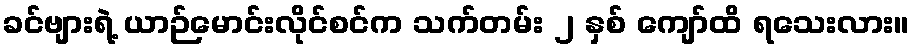
ခင်ဗျားရဲ့ ယာဉ်မောင်းလိုင်စင်က သက်တမ်း ၂ နှစ် ကျော်ထိ ရသေးလား။